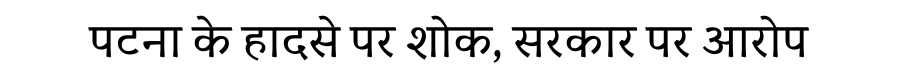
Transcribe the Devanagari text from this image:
पटना के हादसे पर शोक, सरकार पर आरोप